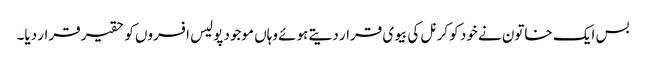
بس ایک خاتون نے خود کو کرنل کی بیوی قرار دیتے ہوئے وہاں موجود پولیس افسروں کو حقیر قرار دیا۔